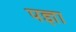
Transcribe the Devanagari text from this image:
पज्ञा